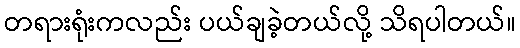
တရားရုံးကလည်း ပယ်ချခဲ့တယ်လို့ သိရပါတယ်။